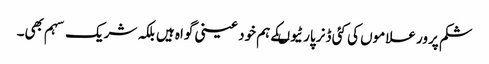
شکم پرور علاموں کی کئی ڈنر پارٹیوںکے ہم خود عینی گواہ ہیں بلکہ شریک سہم بھی۔